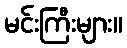
မင်းကြီးများ။